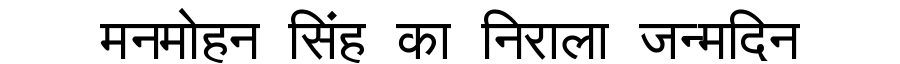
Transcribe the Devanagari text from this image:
मनमोहन सिंह का निराला जन्मदिन